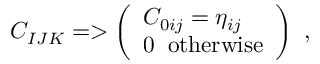
C _ { I J K } = > \left( \begin{array} { l } { { C _ { 0 i j } = \eta _ { i j } } } \\ { { 0 \; \; \mathrm { o t h e r w i s e } } } \end{array} \right) \ ,